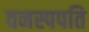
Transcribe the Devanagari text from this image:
वनस्पपति